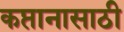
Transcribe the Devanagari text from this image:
कप्तानासाठी